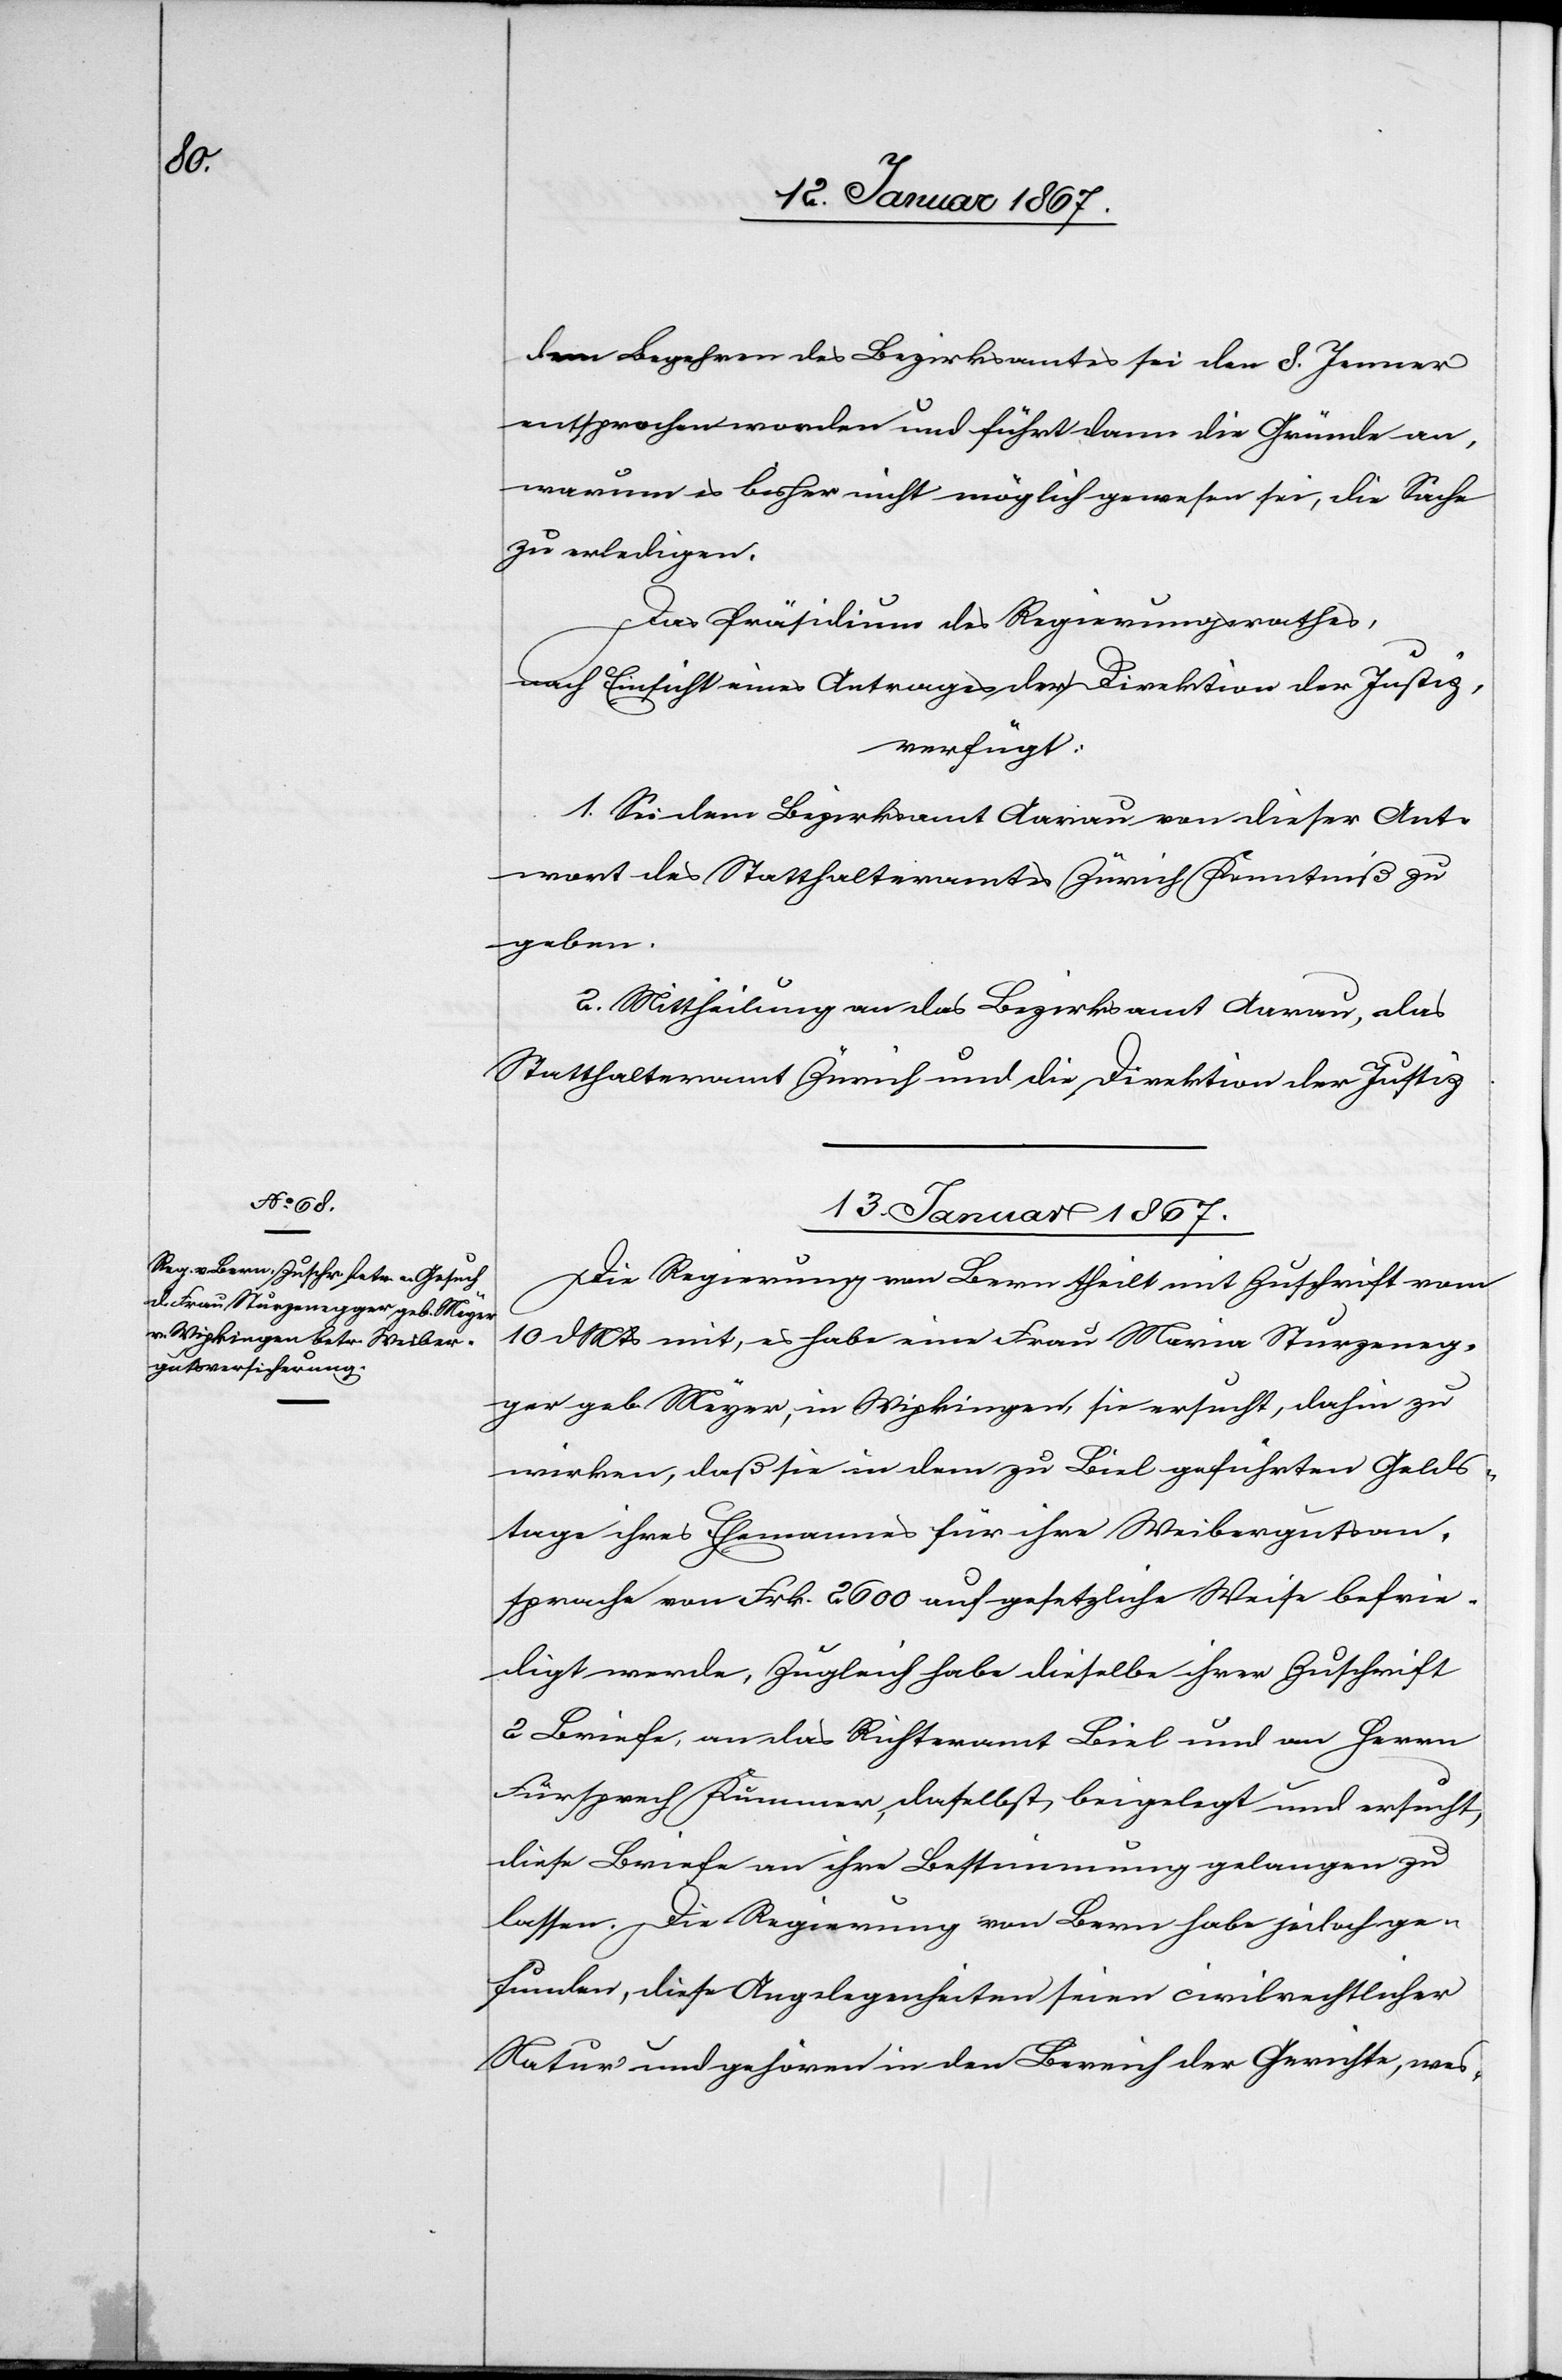
dem Begehren des Bezirksamtes sei den 8. Jenner
entsprochen worden und führt dann die Gründe an,
warum es bisher nicht möglich gewesen sei, die Sache
zu erledigen.
Das Präsidium des Regierungsrathes,
nach Einsicht eines Antrages der Direktion der Justiz,
verfügt:
1. Sei dem Bezirksamt Aarau von dieser Ant¬
wort des Statthalteramtes Zürich Kenntniß zu
geben.
2. Mittheilung an das Bezirksamt Aarau, das
Statthalteramt Zürich und die Direktion der Justiz.
13. Januar 1867.
Die Regierung von Bern theilt mit Zuschrift vom
10 d. Mts mit, es habe eine Frau Maria Sturzeneg¬
ger geb. Meyer, in Wipkingen, sie ersucht, dahin zu
wirken, daß sie in dem zu Biel geführten Gelds¬
tage ihres Ehemannes für ihre Weibergutsan¬
sprache von Frk. 2600 auf gesetzliche Weise befrie¬
digt werde, Zugleich habe dieselbe ihrer Zuschrift
2 Briefe, an das Richteramt Biel und an Herrn
Fürsprech Kummer, daselbst, beigelegt und ersucht,
diese Briefe an ihre Bestimmung gelangen zu
lassen. Die Regierung von Bern habe jedoch ge¬
funden, diese Angelegenheiten seien civilrechtlicher
Natur und gehören in den Bereich der Gerichte wes-